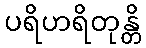
ပရိဟရိတုန္တိ